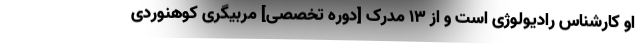
او کارشناس رادیولوژی است و از ۱۳ مدرک [دوره تخصصی] مربیگری کوهنوردی